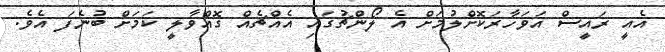
އެއީ ރައީސް އަވަހާރަކޮށްލުމަށް އެ ލޯންޗުގައި އެއްޗެއް ގޮއްވާލީ ކަމަށް ބުނެފަ އެވެ.